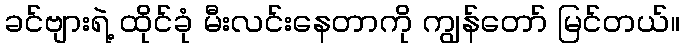
ခင်ဗျားရဲ့ ထိုင်ခုံ မီးလင်းနေတာကို ကျွန်တော် မြင်တယ်။